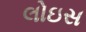
લોઇસ